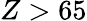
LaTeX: Z>65